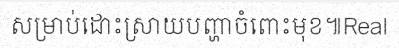
សម្រាប់ដោះស្រាយបញ្ហាចំពោះមុខ៕Real